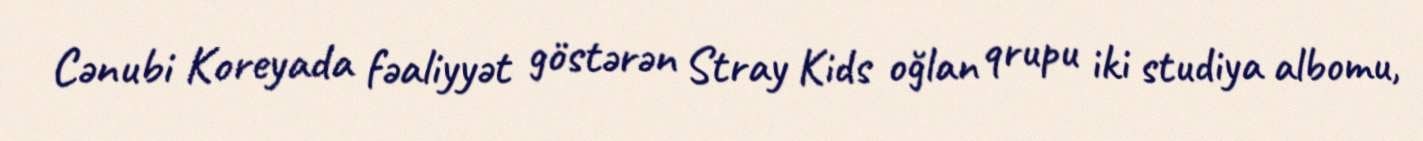
Cənubi Koreyada fəaliyyət göstərən Stray Kids oğlan qrupu iki studiya albomu,